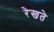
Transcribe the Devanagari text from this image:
रेखते